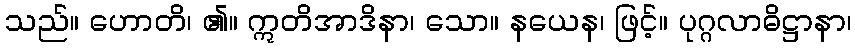
သည်။ ဟောတိ၊ ၏။ ဣတိအာဒိနာ၊ သော။ နယေန၊ ဖြင့်။ ပုဂ္ဂလာဓိဋ္ဌာနာ၊